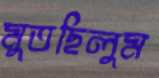
মুতছিলুম